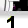
Digit: 1